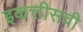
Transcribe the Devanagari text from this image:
इकत्तीसवी